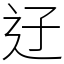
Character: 䢊